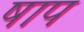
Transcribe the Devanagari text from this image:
षाप